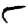
Digit: 5